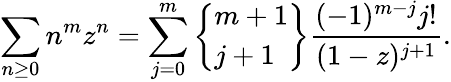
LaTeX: \sum_{n\geq 0}n^{m}z^{n}=\sum_{j=0}^{m}\left\{ {\begin{array}{l}{m+1}\\ {j+1}\end{array}}\right\} {\frac{(-1)^{m-j}j!}{(1-z)^{j+1}}}.